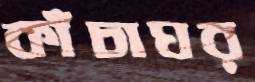
কাঁচাঘর